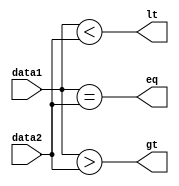
//comp.v

module comp (
    lt, gt, eq, data1, data2
);
    input [15 : 0] data1, data2;
    output lt, gt, eq;

    assign lt = data1 < data2;
    assign gt = data1 > data2;
    assign eq = data1 == data2;
endmodule